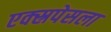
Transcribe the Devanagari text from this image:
एक्स्रपेसला